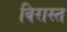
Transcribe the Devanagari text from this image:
विरास्त